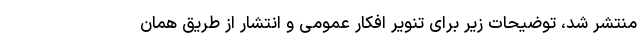
منتشر شد، توضیحات زیر برای تنویر افکار عمومی و انتشار از طریق همان